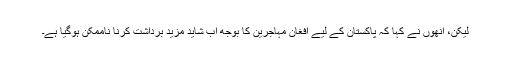
لیکن، اُنھوں نے کہا کہ پاکستان کے لیے افغان مہاجرین کا بوجھ اب شاید مزید برداشت کرنا ناممکن ہوگیا ہے۔